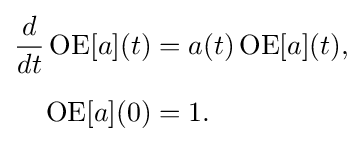
{\begin{aligned}{\frac {d}{dt}}\operatorname {OE} [a](t)&=a(t)\operatorname {OE} [a](t),\\[5pt]\operatorname {OE} [a](0)&=1.\end{aligned}}